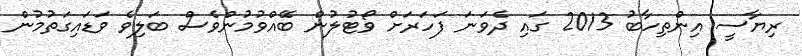
ރިޔާސީ އިންތިހާބު 2013 ގައި ދެވަނަ ފަހަރަށް ވޯޓުލުން ބޭއްވުމުންވެސް ބަލިވެ ވަޑައިގަތުމުން